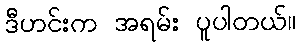
ဒီဟင်းက အရမ်း ပူပါတယ်။